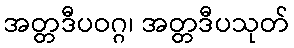
အတ္တဒီပဝဂ္ဂ၊ အတ္တဒီပသုတ်